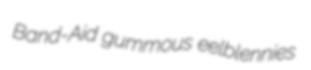
Band-Aid gummous eelblennies